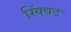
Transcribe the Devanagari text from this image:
स्क्विंट